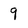
Character: 9